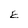
Character: E